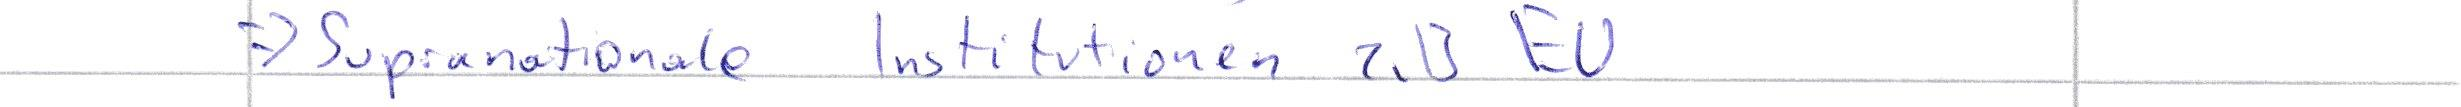
=> Supranationale Institutionen z.B EU